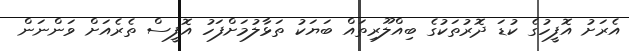
އެރަށު އޮފީހުގެ ކުޑަ ދޮރުތަކުގެ ބިއްލޫރިތައް ބަޔަކު ތަޅާލުމަށްފަހު އޮފީސް ތެރެއަށް ވަންނަން